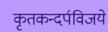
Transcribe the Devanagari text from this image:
कृतकन्दर्पविजये